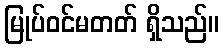
မြုပ်ဝင်မတတ် ရှိသည်။